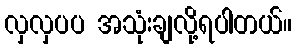
လှလှပပ အသုံးချလို့ရပါတယ်။